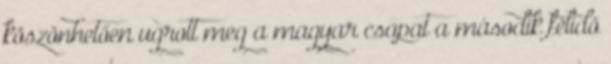
köszönhetően ugrott meg a magyar csapat a második félidő